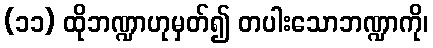
(၁၁) ထိုဘဏ္ဍာဟုမှတ်၍ တပါးသောဘဏ္ဍာကို၊